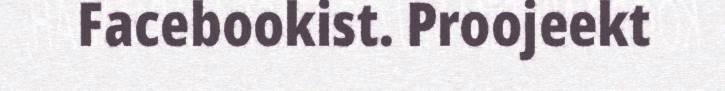
Facebookist. Proojeekt